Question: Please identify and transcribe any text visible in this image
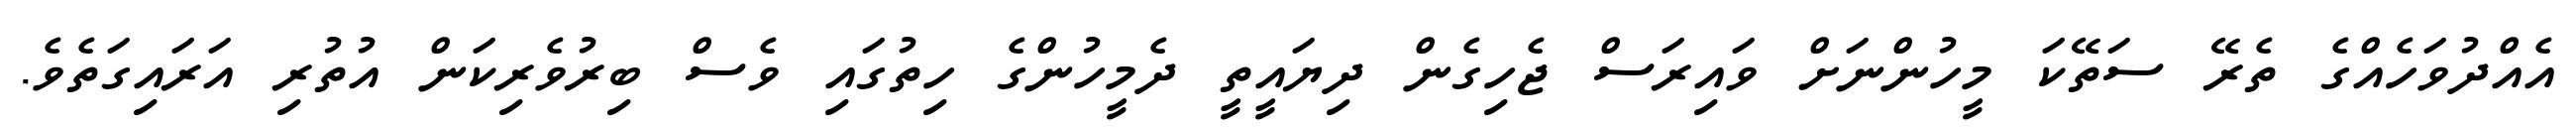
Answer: އެއްދުވަހެއްގެ ތެރޭ ސަތޭކަ މީހުންނަށް ވައިރަސް ޖެހިގެން ދިޔައީތީ ދެމީހުންގެ ހިތުގައި ވެސް ބިރުވެރިކަން އުތުރި އަރައިގަތެވެ.